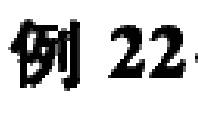
例 22